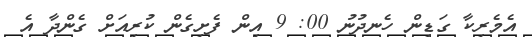
އެމެރިކާ ގަޑިން ހެނދުނު 00: 9 އިން ފެށިގެން ކުރިއަށް ގެންދާ އެ